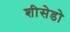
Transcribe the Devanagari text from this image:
शीसेडो